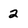
Character: 2